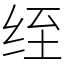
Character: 绖